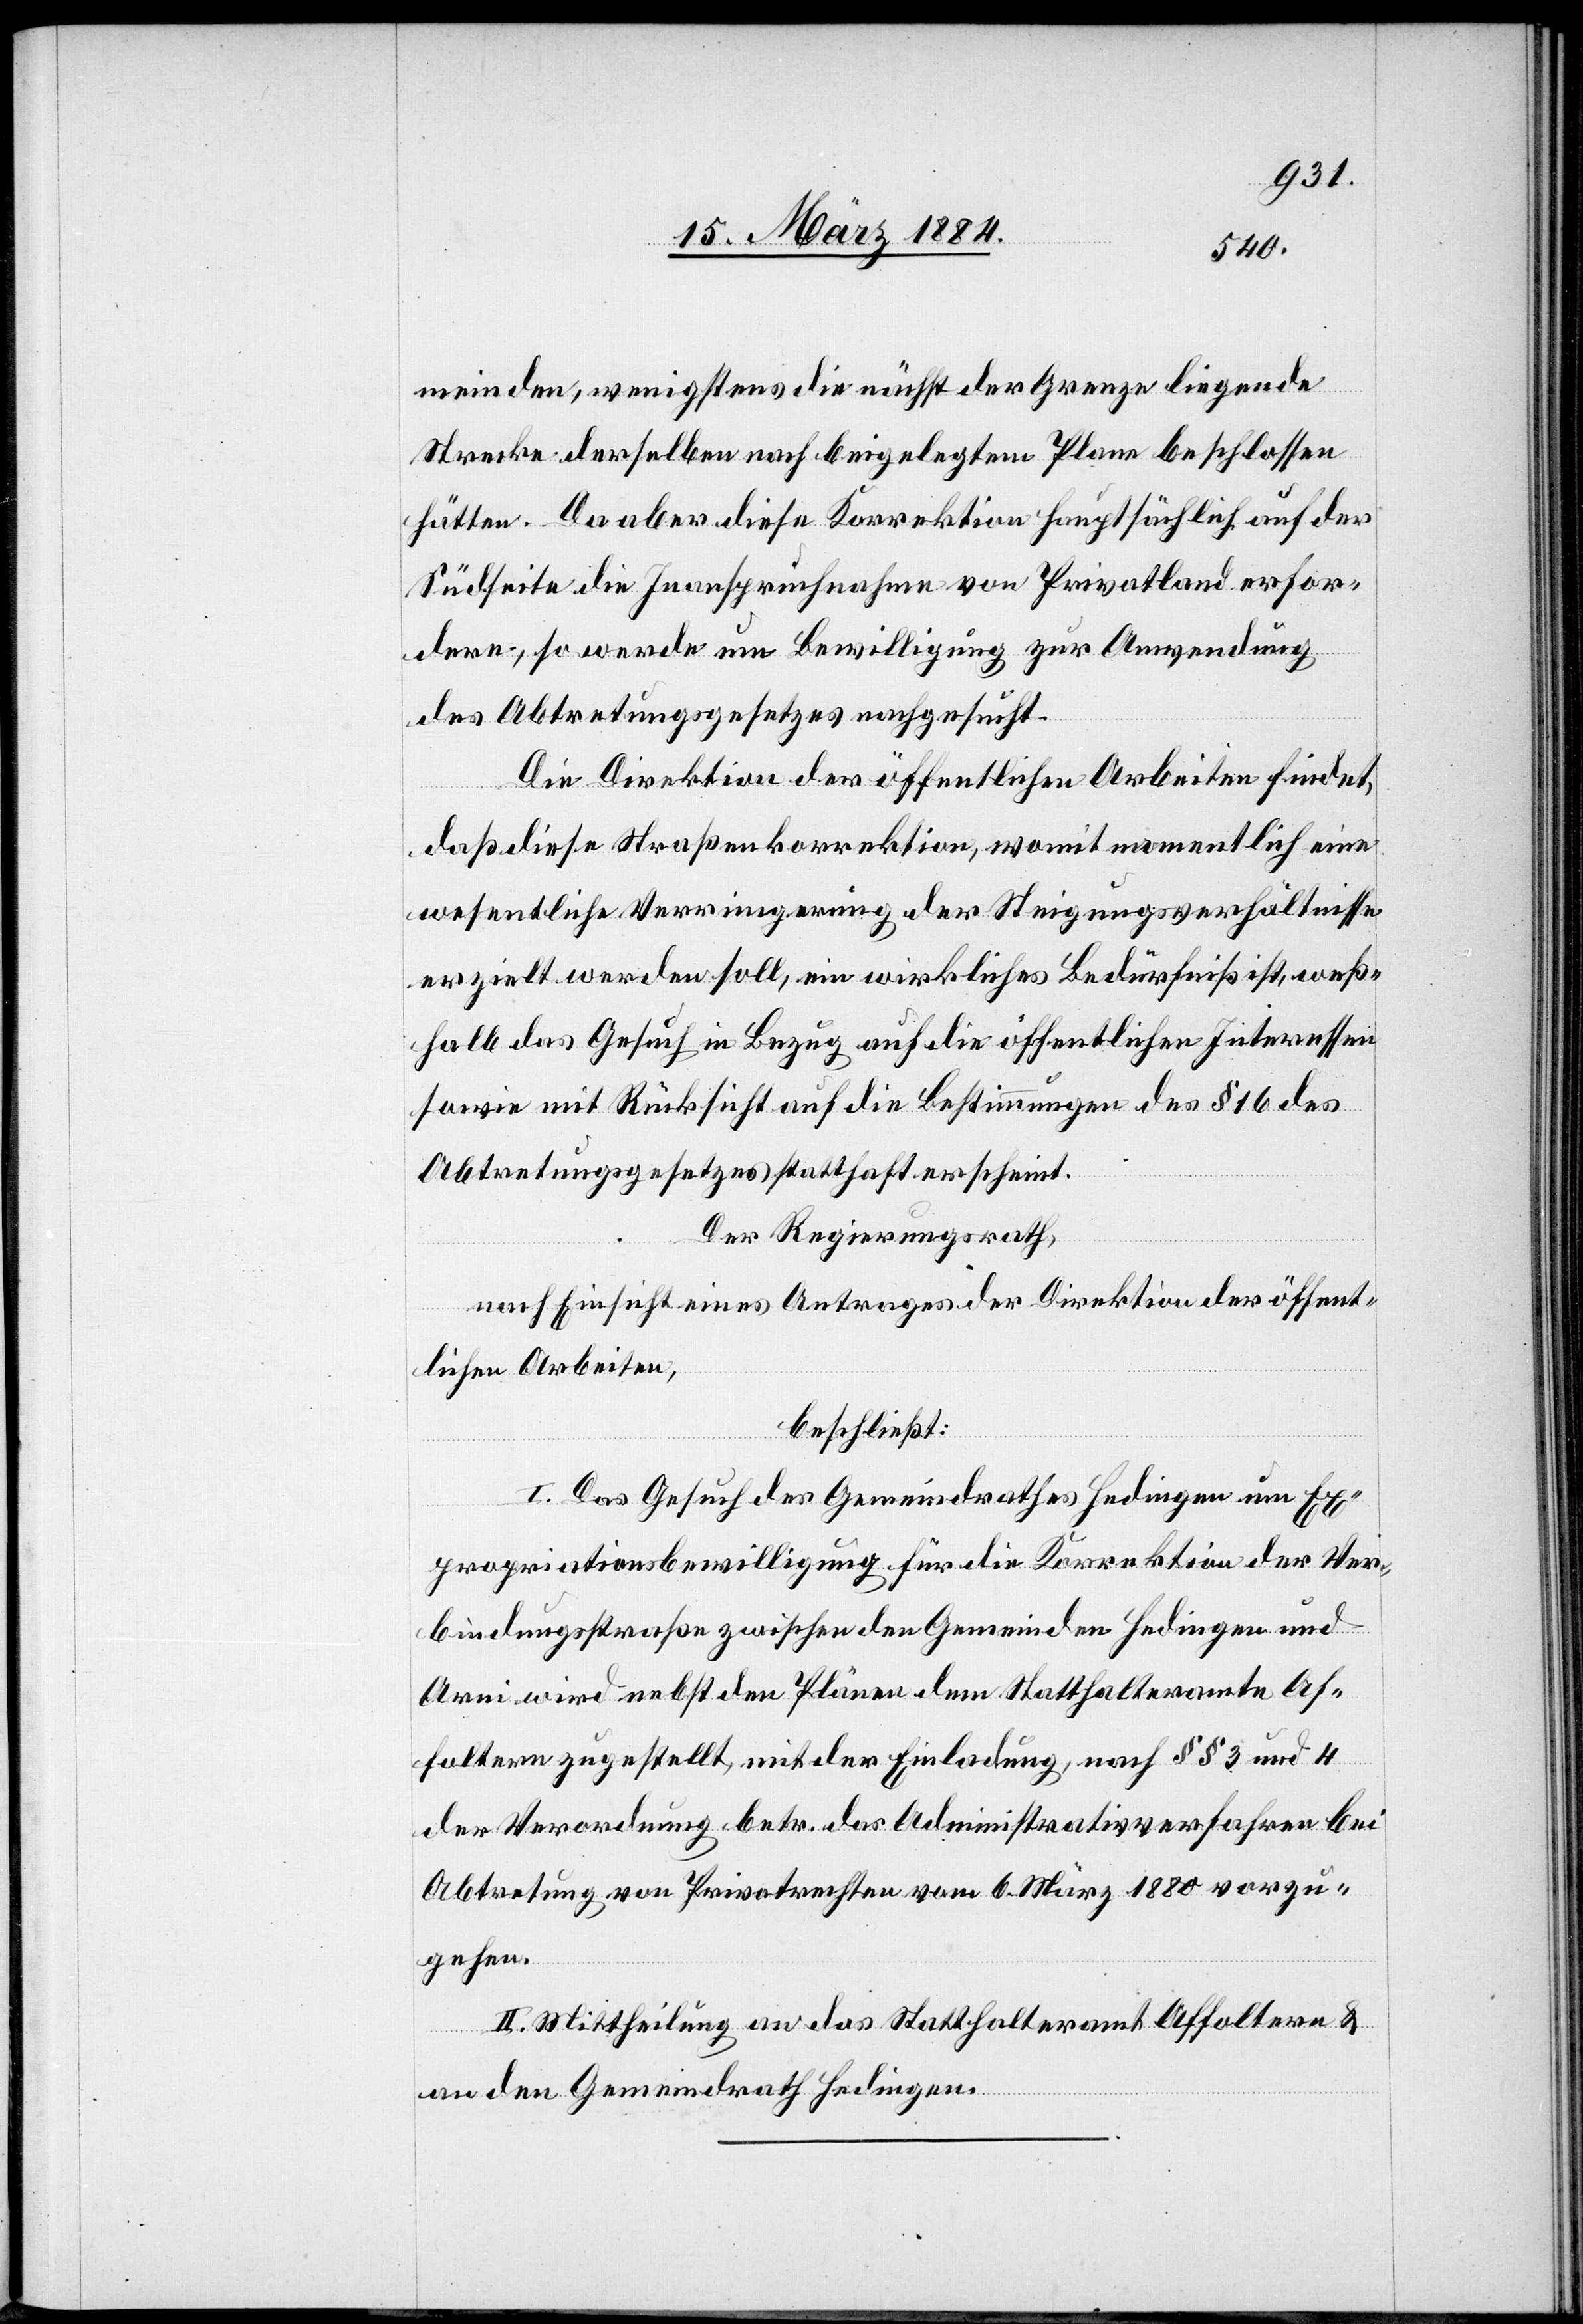
meinden, wenigstens die nächst der Grenze liegende
Strecke derselben nach beigelegtem Plane beschlossen
hätten. Da aber diese Korrektion hauptsächlich auf der
Südseite die Inanspruchnahme von Privatland erfor¬
dere, so werde um Bewilligung zur Anwendung
des Abtretungsgesetzes nachgesucht.
Die Direktion der öffentlichen Arbeiten findet,
daß diese Straßenkorrektion, womit namentlich eine
wesentliche Verringerung der Steigungsverhältnisse
erzielt werden soll, ein wirkliches Bedürfniß ist, weß¬
halb das Gesuch in Bezug auf die öffentlichen Interessen
sowie mit Rücksicht auf die Bestimmungen des § 16 des
Abtretungsgesetzes statthaft erscheint.
Der Regierungsrath,
nach Einsicht eines Antrages der Direktion der öffent¬
lichen Arbeiten,
beschließt:
I. Das Gesuch des Gemeindrathes Hedingen um Ex¬
propriationsbewilligung für die Korrektion der Ver¬
bindungsstraße zwischen den Gemeinden Hedingen und
Arni wird nebst den Plänen dem Statthalteramte Af¬
foltern zugestellt, mit der Einladung, nach §§ 3 und 4
der Verordnung betr. das Administrativverfahren bei
Abtretung von Privatrechten vom 6. März 1880 vorzu¬
gehen.
II. Mittheilung an das Statthalteramt Affoltern &
an den Gemeindrath Hedingen.